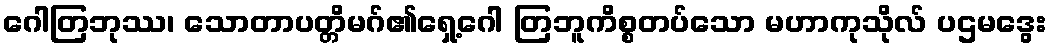
ဂေါတြဘုဿ၊ သောတာပတ္တိမဂ်၏ရှေ့ဂေါ တြဘူကိစ္စတပ်သော မဟာကုသိုလ် ပဌမဒွေး